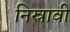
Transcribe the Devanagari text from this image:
निस्रावी